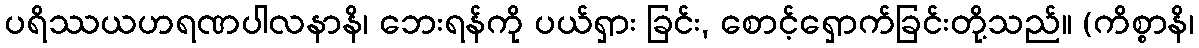
ပရိဿယဟရဏပါလနာနိ၊ ဘေးရန်ကို ပယ်ရှား ခြင်း, စောင့်ရှောက်ခြင်းတို့သည်။ (ကိစ္စာနိ၊